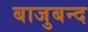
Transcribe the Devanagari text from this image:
बाजुबन्द